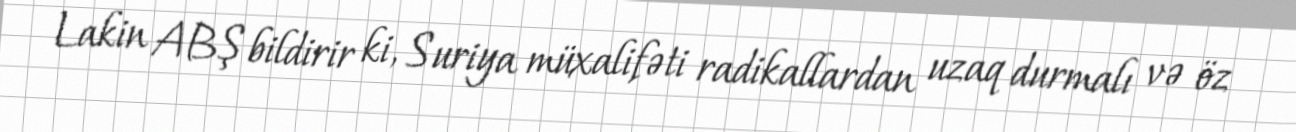
Lakin ABŞ bildirir ki, Suriya müxalifəti radikallardan uzaq durmalı və öz